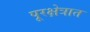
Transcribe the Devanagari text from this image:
पूरक्षेत्रात